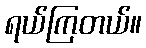
ရယ်ကြတယ်။